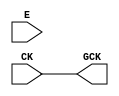
module OPENROAD_CLKGATE (CK, E, GCK);
  input CK;
  input E;
  output GCK;

`ifdef OPENROAD_CLKGATE

sky130_osu_sc_15T_ms__pcgate_1 latch (.CK (CK), .E(E), .ECK(GCK));

`else

assign GCK = CK;

`endif

endmodule